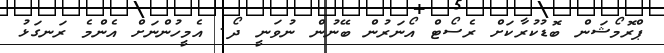
ޕްރޮމޯޝަން ބޮޑުކުރާކަށް ރެސޯޓް އޯނަރުން ބޭނުން ނުވަނީ ދޯ. އެމީހުންނަށް އެންމެ ރަނގަޅު